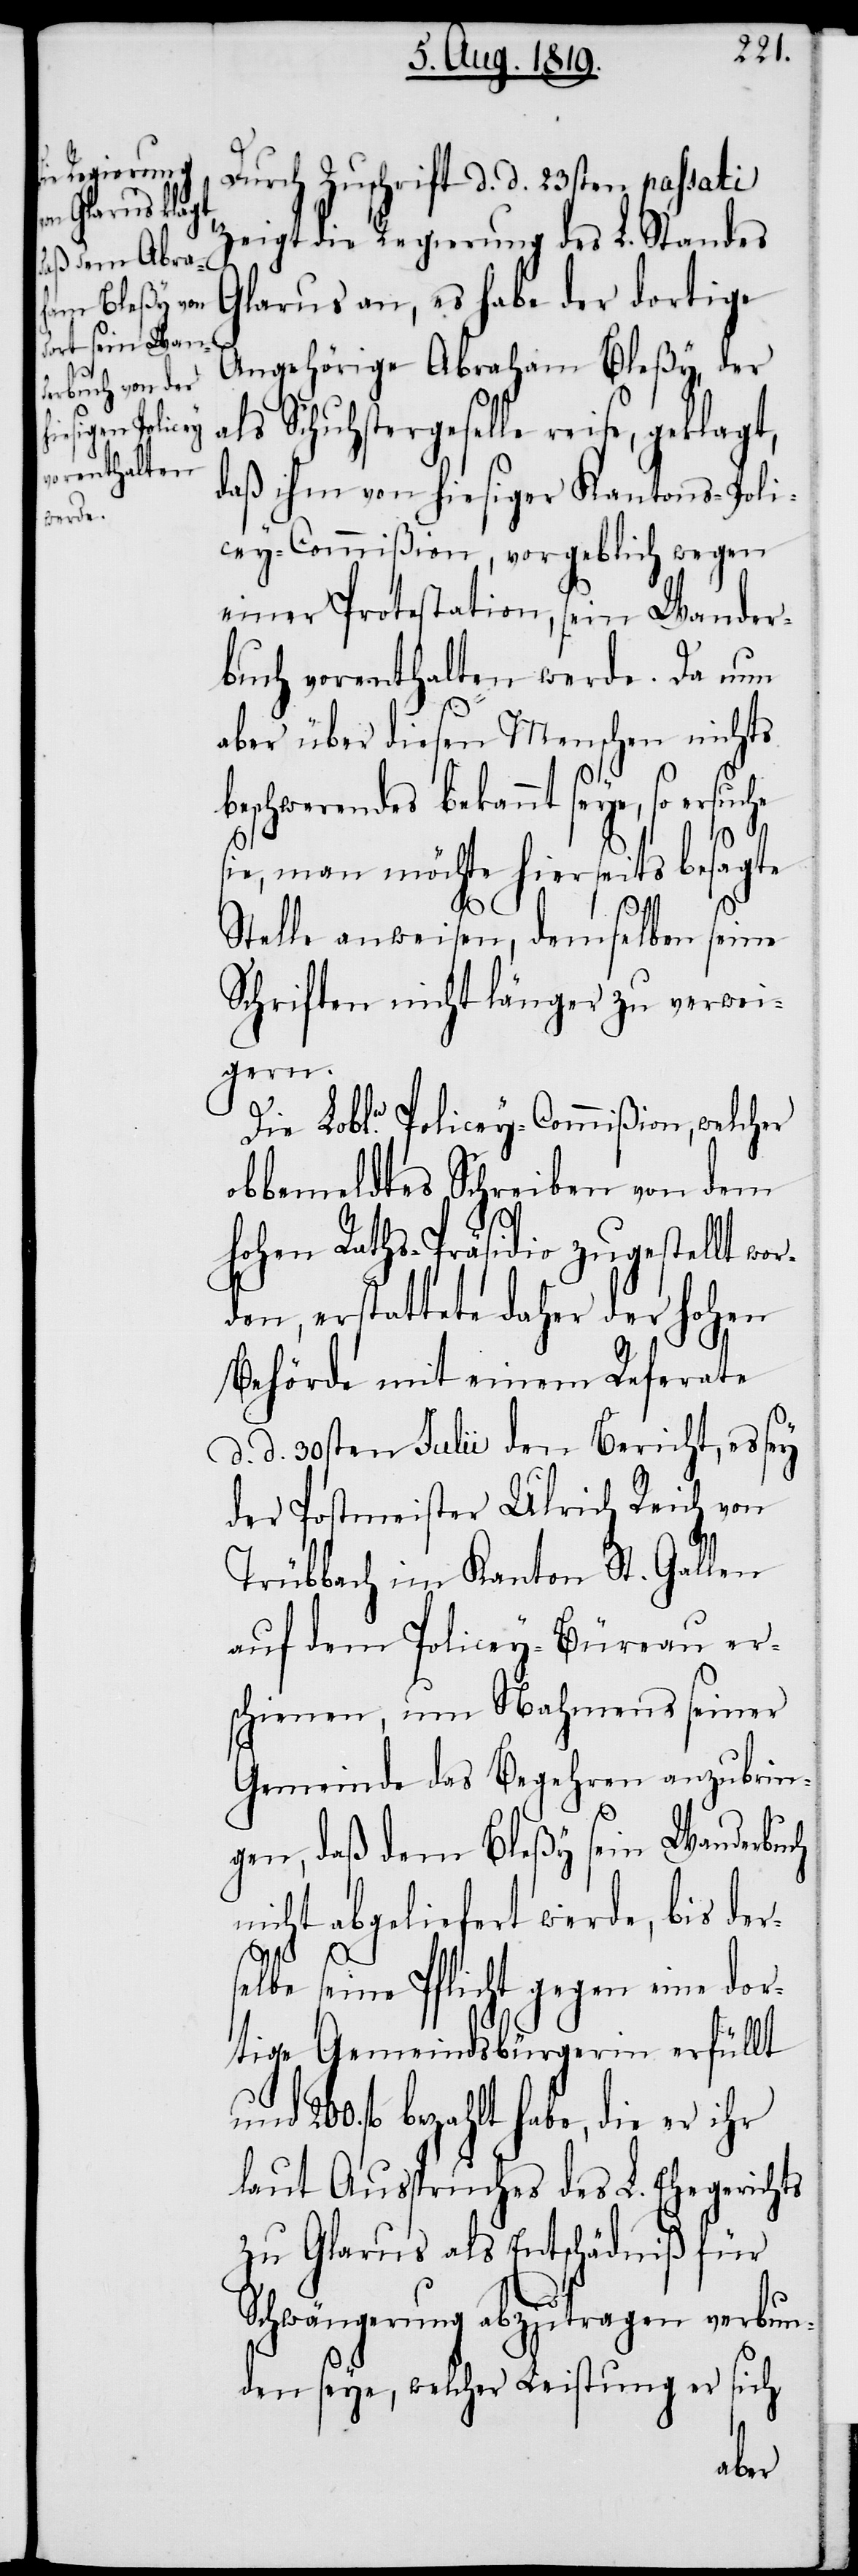
Durch Zuschrift d. d. 23sten passati
zeigt die Regierung des L. Standes
Glarus an, es habe der dortige
Angehörige Abraham Bleßy, der
als Schuhstergeselle reise, geklagt,
daß ihm von hiesiger Kantons-Poli¬
cey-Commißion, vorgeblich wegen
einer Protestation, sein Wander¬
buch vorenthalten werde. Da nun
aber über diesen Menschen nichts
beschwerendes bekannt seye, so ersuche
ie, man möchte hierseits besagte
Stelle anweisen, demselben seine
Schriften nicht länger zu verwei¬
gern.
Die Lobl. Policey-Commißion, welcher
obbemeldtes Schreiben von dem
hohen Raths-Präsidio zugestellt wor¬
den, erstattete daher der hohen
Behörde mit einem Referate
d. d. 30sten Julii den Bericht, es sey
der Postmeister Ulrich Reich von
Trübbach im Kanton St. Gallen
auf dem Policey-Büreau er¬
schienen, um Nahmes seiner
Gemeinde das Begehren anzubrin¬
gen, daß dem Bleßy sein Wanderbuch
nicht abgeliefert werde, bis ders¬
s¬
elbe seine Pflicht gegen eine dor¬
tige Gemeindsbürgerin erfüllt
fl. bezahlt habe, die er ihr
laut Ausspruches des L. Ehegerichts
zu Glarus als Entschädniß für
Schwängerung abzutragen verbun¬
den seye, welcher Leistung er sich